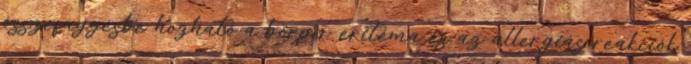
összefüggésbe hozható a bőrpír eritéma és az allergiás reakciók